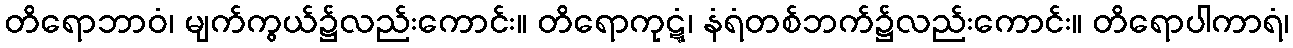
တိရောဘာဝံ၊ မျက်ကွယ်၌လည်းကောင်း။ တိရောကုဋ္ဋံ၊ နံရံတစ်ဘက်၌လည်းကောင်း။ တိရောပါကာရံ၊